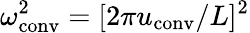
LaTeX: \omega_{\mathrm{conv}}^{2}=[2\pi u_{\mathrm{conv}}/L]^{2}